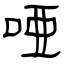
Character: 唖